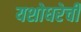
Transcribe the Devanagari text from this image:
यशोधरेची